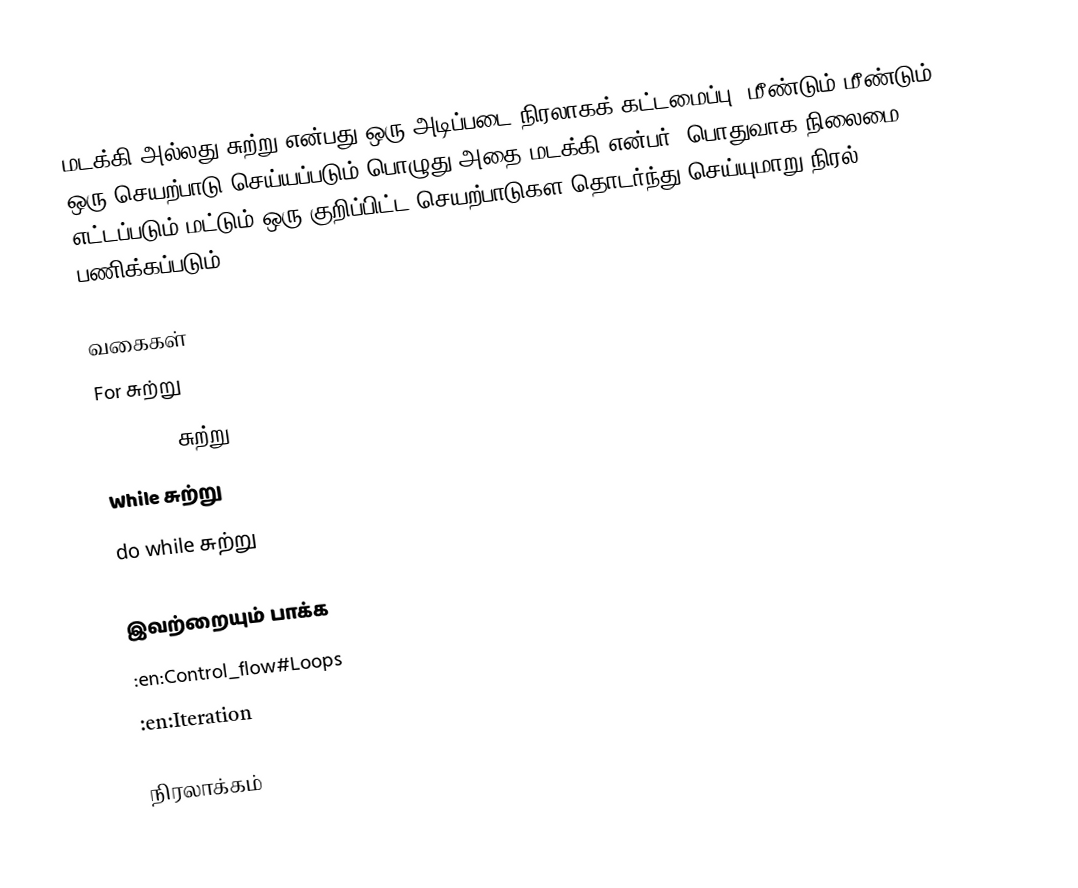
மடக்கி அல்லது சுற்று என்பது ஒரு அடிப்படை நிரலாகக் கட்டமைப்பு.  மீண்டும் மீண்டும் ஒரு செயற்பாடு செய்யப்படும் பொழுது அதை மடக்கி என்பர்.  பொதுவாக நிலைமை எட்டப்படும் மட்டும் ஒரு குறிப்பிட்ட செயற்பாடுகள தொடர்ந்து செய்யுமாறு நிரல் பணிக்கப்படும்.

வகைகள்
 For சுற்று
 For each சுற்று
 While சுற்று
 do while சுற்று

இவற்றையும் பாக்க
 :en:Control_flow#Loops
 :en:Iteration

நிரலாக்கம்